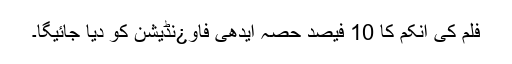
فلم کی انکم کا 10 فیصد حصہ ایدھی فاو¿نڈیشن کو دیا جائیگا۔